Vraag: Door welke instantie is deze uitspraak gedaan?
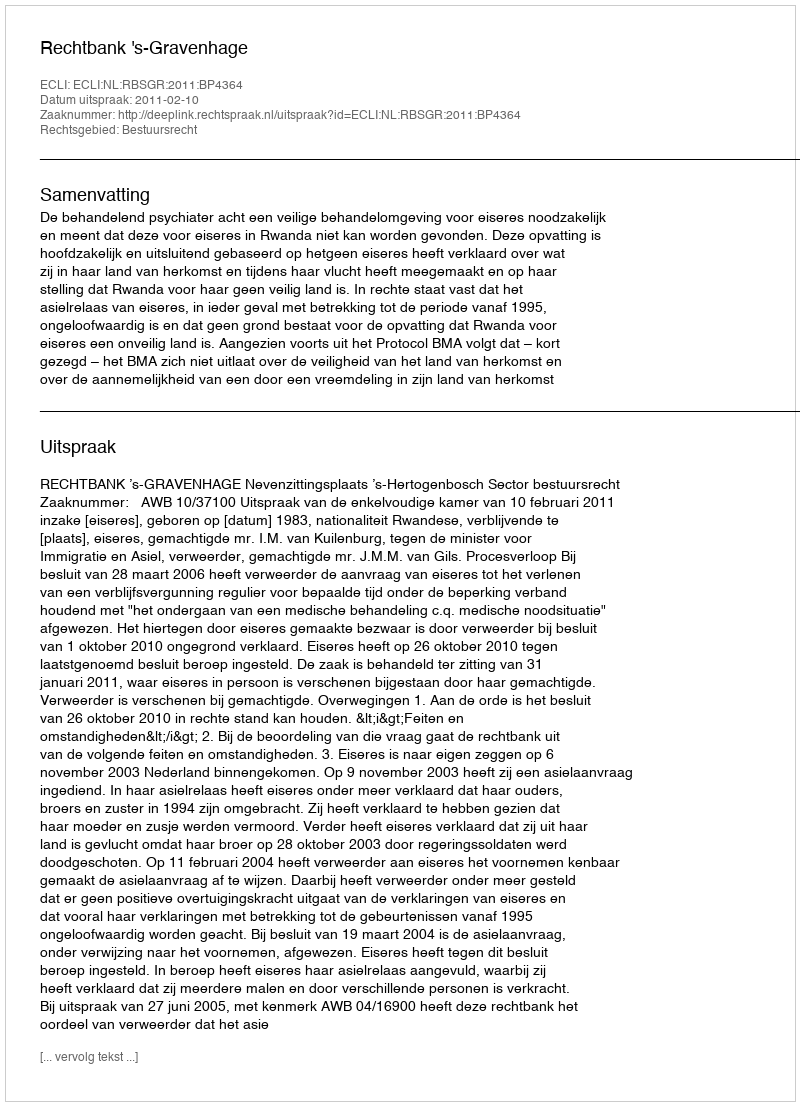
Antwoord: Rechtbank 's-Gravenhage